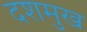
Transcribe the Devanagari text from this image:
दशमुख